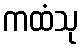
ကထံသု